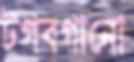
টগবগানো